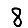
Digit: 8